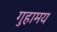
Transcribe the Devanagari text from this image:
गुहामय